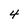
Character: 4